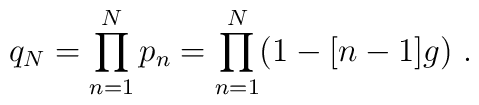
q_N = \prod_{n=1}^{N} p_n = \prod_{n=1}^{N}(1-[n-1]g) \ .